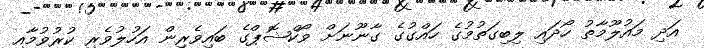
އަދި މައުލޫމާތު ހޯދައި ލިބިގަތުމުގެ ހައްގުގެ ގާނޫނަށް ވޯކްޝޮޕްގެ ބައިވެރިން އަހުލުވެރި ކުރުވުމާއި